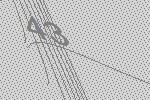
43